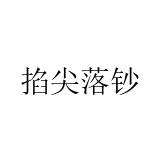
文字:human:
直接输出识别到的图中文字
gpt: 掐尖落钞